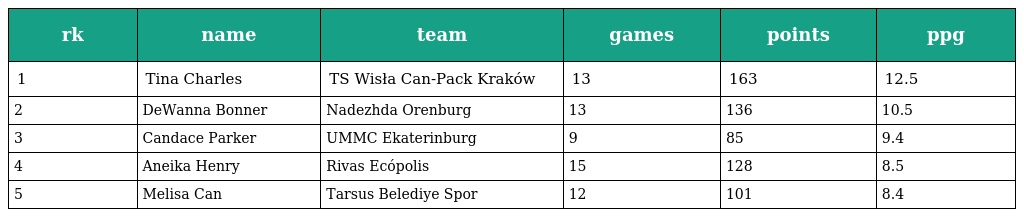
| rk | name | team | games | points | ppg |
 | --- | --- | --- | --- | --- | --- |
 | 1 | Tina Charles | TS Wisła Can-Pack Kraków | 13 | 163 | 12.5 |
 | 2 | DeWanna Bonner | Nadezhda Orenburg | 13 | 136 | 10.5 |
 | 3 | Candace Parker | UMMC Ekaterinburg | 9 | 85 | 9.4 |
 | 4 | Aneika Henry | Rivas Ecópolis | 15 | 128 | 8.5 |
 | 5 | Melisa Can | Tarsus Belediye Spor | 12 | 101 | 8.4 |